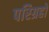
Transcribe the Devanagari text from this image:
परिग्रहों